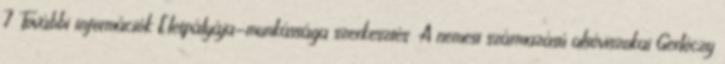
7 További információk Életpályája-munkássága szerkesztés A nemesi származású alsóviszokai Gerlóczy